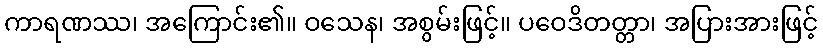
ကာရဏဿ၊ အကြောင်း၏။ ဝသေန၊ အစွမ်းဖြင့်။ ပဝေဒိတတ္တာ၊ အပြားအားဖြင့်